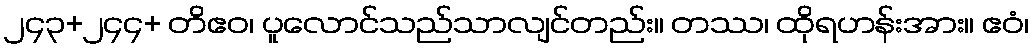
၂၄၃+၂၄၄+ တိဧဝ၊ ပူလောင်သည်သာလျင်တည်း။ တဿ၊ ထိုရဟန်းအား။ ဧဝံ၊